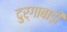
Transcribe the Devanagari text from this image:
दुर्गाबाड़ी